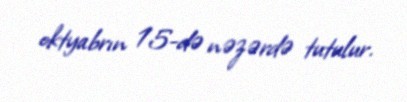
oktyabrın 15-də nəzərdə tutulur.